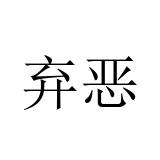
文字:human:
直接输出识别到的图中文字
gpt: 弃恶